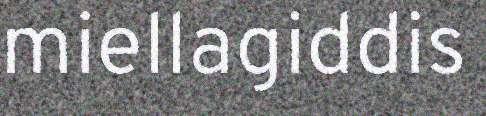
miellagiddis